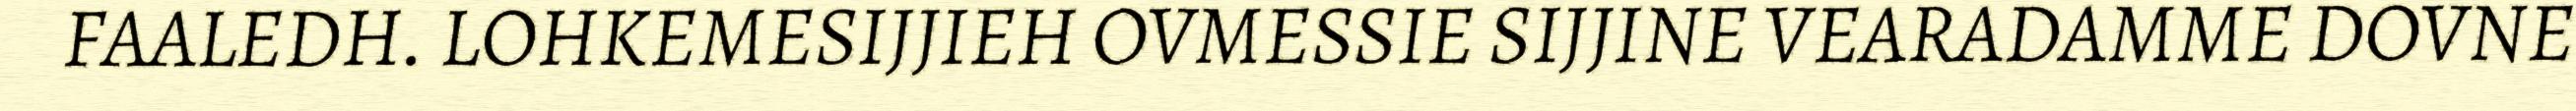
FAALEDH. LOHKEMESIJJIEH OVMESSIE SIJJINE VEARADAMME DOVNE